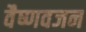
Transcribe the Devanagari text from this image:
वैष्णवजन